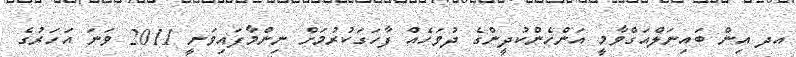
އދ އިން ބައިނަލްއަގްވާމީ އަންހެންކުދީންގެ ދުވަހެއް ފާހަގަކުރުމަށް ނިންމާފައިވަނީ 2011 ވަނަ އަހަރުގެ